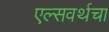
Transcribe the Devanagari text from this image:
एल्सवर्थचा